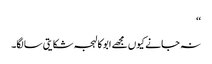
‘‘
نہ جانے کیوں مجھے ابو کا لہجہ شکایتی سا لگا۔